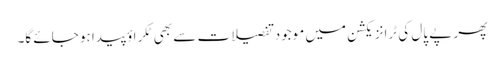
پھر پے پال کی ٹرانزیکشن میں موجود تفصیلات سے بھی ٹکراؤ پیدا ہو جائے گا۔